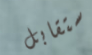
ستقابل